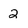
Character: 2